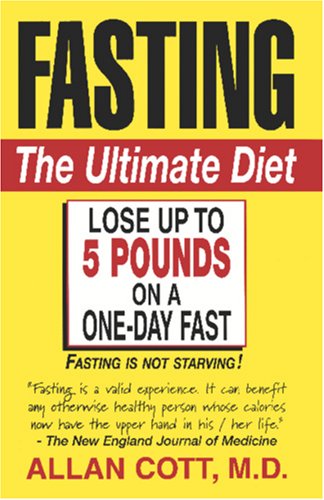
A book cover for Fasting-The Ultimate Diet; Allan Cott; Medical Books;